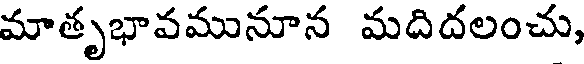
మాతృభావమునూన మదిదలంచు,